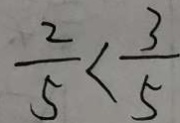
\frac { 2 } { 5 } < \frac { 3 } { 5 }